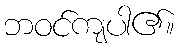
ဘဝင်ကျပါ၏။